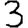
Digit: 3